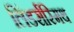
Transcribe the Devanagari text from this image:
लिंडर्सस्मिथ